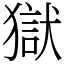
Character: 獄